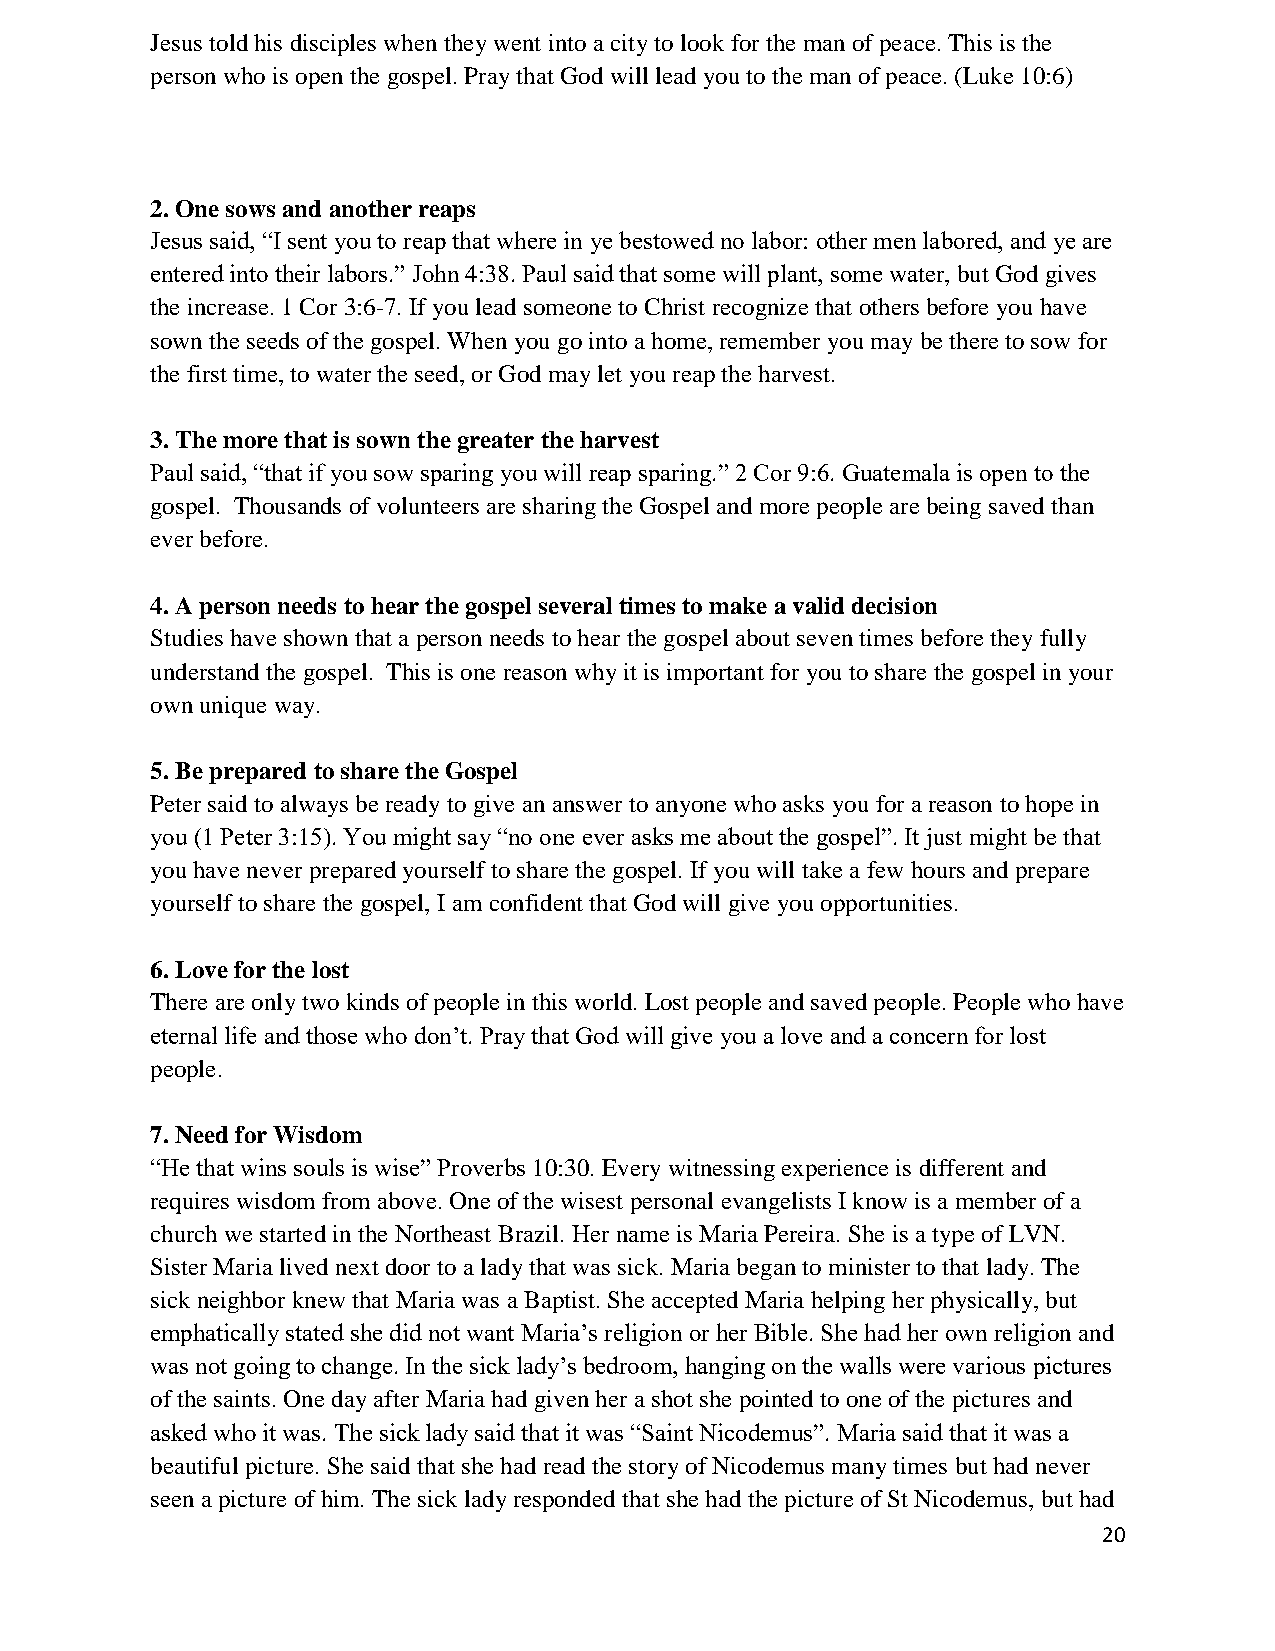
Jesus told his disciples when they went into a city to look for the man of peace. This is the
 person who is open the gospel. Pray that God will lead you to the man of peace. (Luke 10:6)
 2. One sows and another reaps
 Jesus said, “I sent you to reap that where in ye bestowed no labor: other men labored, and ye are
 entered into their labors.” John 4:38. Paul said that some will plant, some water, but God gives
 the increase. 1 Cor 3:6-7. If you lead someone to Christ recognize that others before you have
 sown the seeds of the gospel. When you go into a home, remember you may be there to sow for
 the first time, to water the seed, or God may let you reap the harvest.
 3. The more that is sown the greater the harvest
 Paul said, “that if you sow sparing you will reap sparing.” 2 Cor 9:6. Guatemala is open to the
 gospel. Thousands of volunteers are sharing the Gospel and more people are being saved than
 ever before.
 4. A person needs to hear the gospel several times to make a valid decision
 Studies have shown that a person needs to hear the gospel about seven times before they fully
 understand the gospel. This is one reason why it is important for you to share the gospel in your
 own unique way.
 5. Be prepared to share the Gospel
 Peter said to always be ready to give an answer to anyone who asks you for a reason to hope in
 you (1 Peter 3:15). You might say “no one ever asks me about the gospel”. It just might be that
 you have never prepared yourself to share the gospel. If you will take a few hours and prepare
 yourself to share the gospel, I am confident that God will give you opportunities.
 6. Love for the lost
 There are only two kinds of people in this world. Lost people and saved people. People who have
 eternal life and those who don’t. Pray that God will give you a love and a concern for lost
 people.
 7. Need for Wisdom
 “He that wins souls is wise” Proverbs 10:30. Every witnessing experience is different and
 requires wisdom from above. One of the wisest personal evangelists I know is a member of a
 church we started in the Northeast Brazil. Her name is Maria Pereira. She is a type of LVN.
 Sister Maria lived next door to a lady that was sick. Maria began to minister to that lady. The
 sick neighbor knew that Maria was a Baptist. She accepted Maria helping her physically, but
 emphatically stated she did not want Maria’s religion or her Bible. She had her own religion and
 was not going to change. In the sick lady’s bedroom, hanging on the walls were various pictures
 of the saints. One day after Maria had given her a shot she pointed to one of the pictures and
 asked who it was. The sick lady said that it was “Saint Nicodemus”. Maria said that it was a
 beautiful picture. She said that she had read the story of Nicodemus many times but had never
 seen a picture of him. The sick lady responded that she had the picture of St Nicodemus, but had
 20